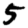
Digit: 5